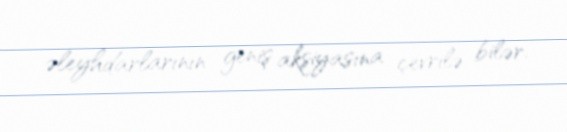
əleyhdarlarının geniş aksiyasına çevrilə bilər.